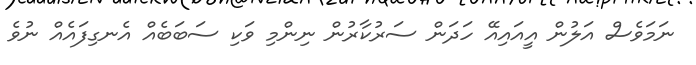
ނަމަވެސް އަލުން އީއައިއޭ ހަދަން ސަރުކާރުން ނިންމި ވަކި ސަބަބެއް އެނގިފައެއް ނުވެ